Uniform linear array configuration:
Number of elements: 48
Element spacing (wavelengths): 1
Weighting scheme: kaiser
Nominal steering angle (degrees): -30
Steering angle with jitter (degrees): -28.411
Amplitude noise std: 0.05
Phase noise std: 0.05

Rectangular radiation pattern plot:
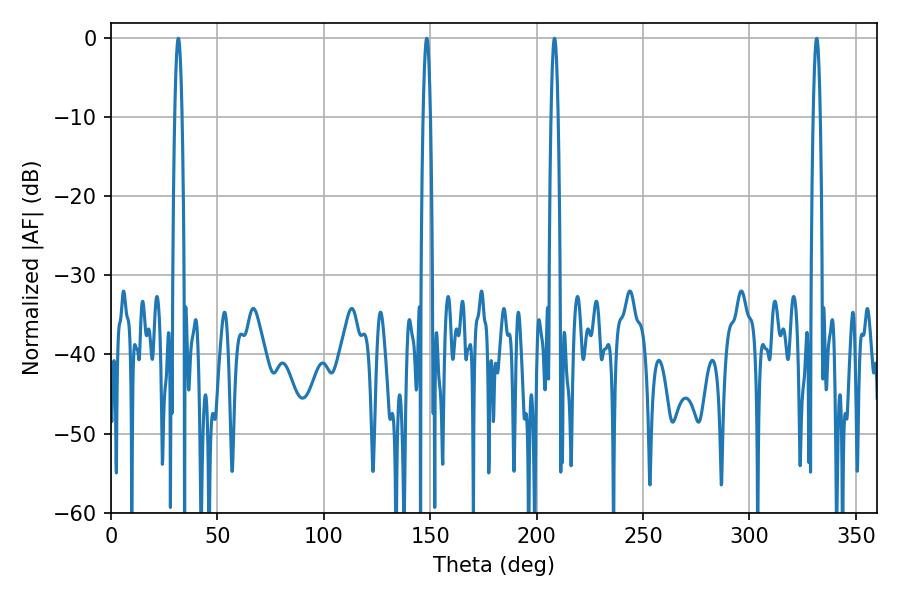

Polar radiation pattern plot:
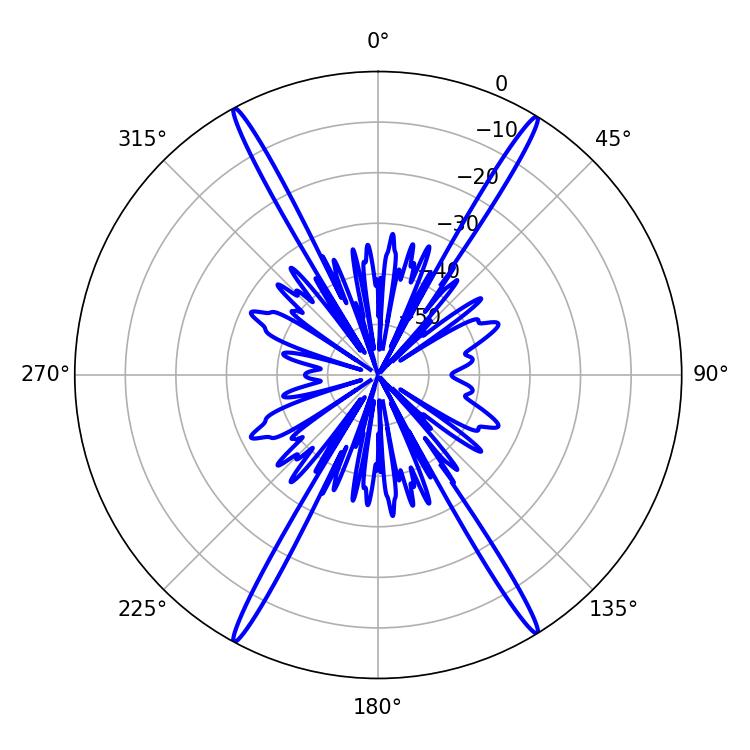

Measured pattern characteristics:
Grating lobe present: TRUE
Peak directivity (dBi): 26.389
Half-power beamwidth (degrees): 1.8
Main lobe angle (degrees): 331.56